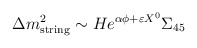
\begin{align*}\Delta m_{\rm string}^2 \sim He^{\alpha \phi + \varepsilon X^0 }\Sigma_{45} \end{align*}